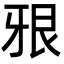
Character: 㸧